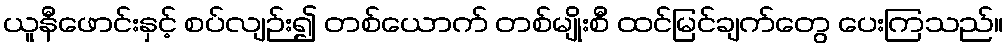
ယူနီဖောင်းနှင့် စပ်လျဉ်း၍ တစ်ယောက် တစ်မျိုးစီ ထင်မြင်ချက်တွေ ပေးကြသည်။